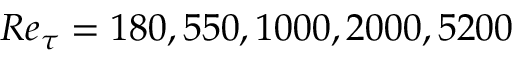
R e _ { \tau } = 1 8 0 , 5 5 0 , 1 0 0 0 , 2 0 0 0 , 5 2 0 0